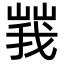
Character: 𡻍